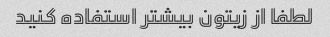
لطفا از زیتون بیشتر استفاده کنید